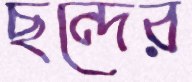
ছন্দের